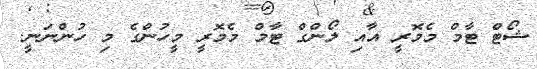
ޝޯޓް ޓާމް މެމޮރީ އާއި ލޯންގް ޓާމް މެމޮރީ މީހުންގެ މި ހުންނަނީ.